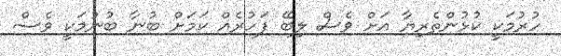
ހުރުމަކީ ކުޅުންތެރިޔާ އަށް ވެސް ލިބޭ ފަހުރެއް ކަމަށް ބުނާ ބުނުމަކީ ވެސް